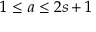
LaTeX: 1 \leq a \leq 2 s + 1